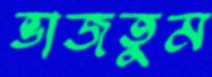
ভাজতুম